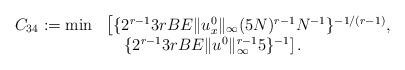
LaTeX: \begin{align*}\begin{array}{ll}C_{34}:=\min&\left[\{2^{r-1}3rBE\|u_x^0\|_\infty(5N)^{r-1}N^{-1}\}^{-1/(r-1)},\right.\\&\quad\left.\{2^{r-1}3rBE\|u^0\|_\infty^{r-1}5\}^{-1}\right].\end{array}\end{align*}